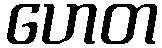
ဟေတ